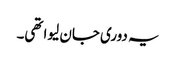
یہ دوری جان لیوا تھی۔